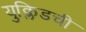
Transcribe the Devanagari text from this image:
युक्लिडची